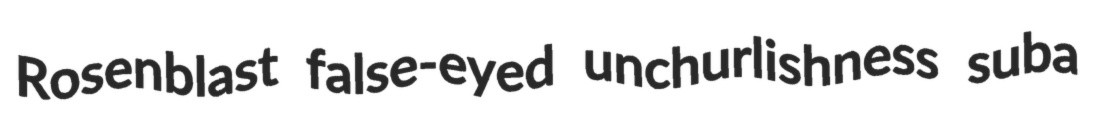
Rosenblast false-eyed unchurlishness suba